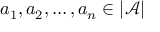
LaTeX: a _ { 1 } , a _ { 2 } , \dots , a _ { n } \in | { \mathcal { A } } |